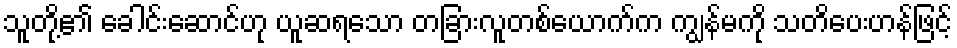
သူတို့၏ ခေါင်းဆောင်ဟု ယူဆရသော တခြားလူတစ်ယောက်က ကျွန်မကို သတိပေးဟန်ဖြင့်